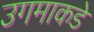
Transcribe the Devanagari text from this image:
उगमाकडे